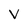
Character: v